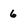
Character: 6